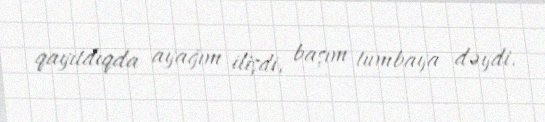
qayıtdıqda ayağım ilişdi, başım tumbaya dəydi.